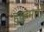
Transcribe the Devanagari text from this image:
हुक़ूमतों